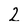
Character: 2